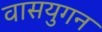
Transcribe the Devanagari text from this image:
वासयुगन